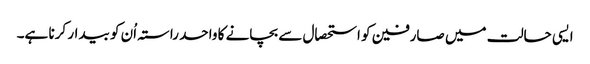
ایسی حالت میں صارفین کو استحصال سے بچانے کا واحد راستہ اُن کو بیدار کرنا ہے۔